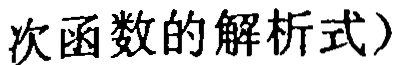
次函数的解析式）